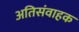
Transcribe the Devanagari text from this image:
अतिसंवाहक